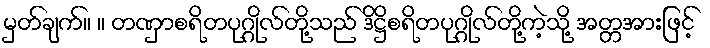
မှတ်ချက်။ ။ တဏှာစရိတပုဂ္ဂိုလ်တို့သည် ဒိဋ္ဌိစရိတပုဂ္ဂိုလ်တို့ကဲ့သို့ အတ္တအားဖြင့်